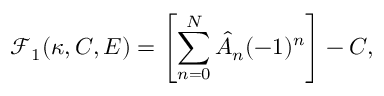
\mathcal { F } _ { 1 } ( \kappa , C , E ) = \left[ \sum _ { n = 0 } ^ { N } \hat { A } _ { n } ( - 1 ) ^ { n } \right] - C ,